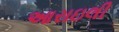
આરાઇલી